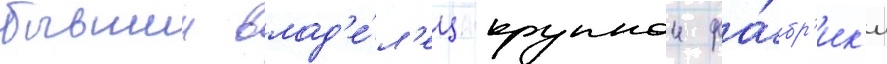
бывшии влад'е́л'ец крупнои фа́бр'ик'и